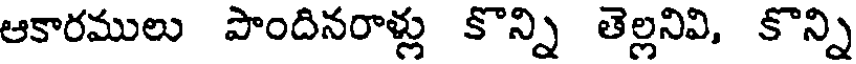
ఆకారములు పొందినరాళ్లు కొన్ని తెల్లనివి, కొన్ని